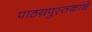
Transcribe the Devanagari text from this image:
पाठय़पुस्तकांचे